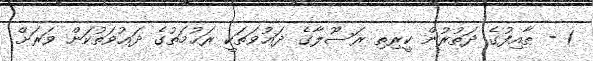
1 - ޠާއިފުގެ ދަތުރުން ކީރިތި ރަސޫލާގެ ދަޢުވަތަކީ ރަޙުމަތުގެ ދަޢުވަތުކަން ވަރަށް